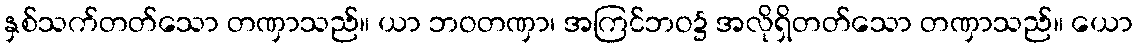
နှစ်သက်တတ်သော တဏှာသည်။ ယာ ဘဝတဏှာ၊ အကြင်ဘဝ၌ အလိုရှိတတ်သော တဏှာသည်။ ယော